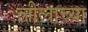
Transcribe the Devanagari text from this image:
लीलाच्या